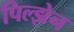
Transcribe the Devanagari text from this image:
पिल्झेन